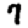
Digit: 7